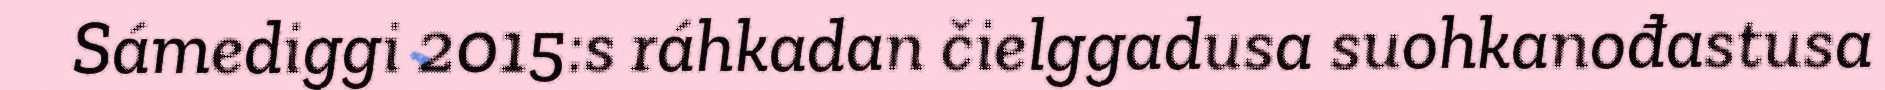
Sámediggi 2015:s ráhkadan čielggadusa suohkanođastusa